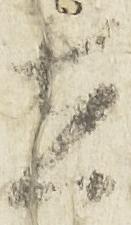
在